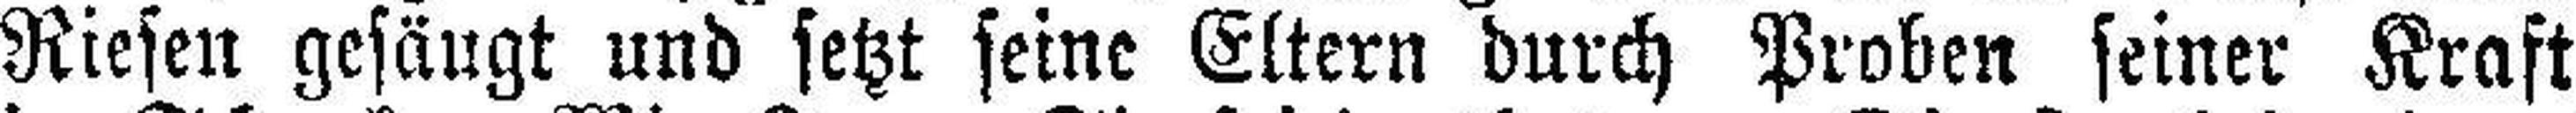
Riesen gesäugt und setzt seine Eltern durch Proben seiner Kraft